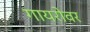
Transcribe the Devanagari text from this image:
गायरोवर